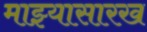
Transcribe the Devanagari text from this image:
माझ्यासारख